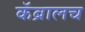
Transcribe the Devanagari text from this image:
कॅब्रालच